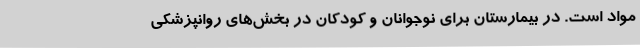
مواد است. در بیمارستان برای نوجوانان و کودکان در بخش‌های روانپزشکی